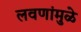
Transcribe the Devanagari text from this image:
लवणांमुळे